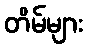
တိမ်များ